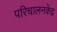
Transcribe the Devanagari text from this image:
परिचालनकेंद्र